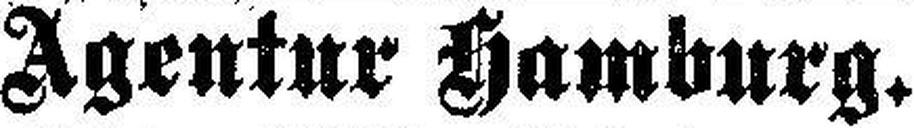
Agentur Hamburg.